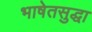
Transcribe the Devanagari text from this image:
भाषेतसुद्धा